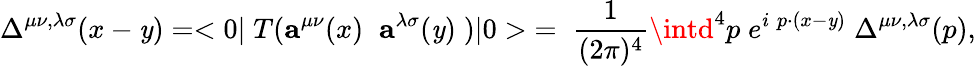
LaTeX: \Delta^{\mu\nu,\lambda\sigma}(x-\mathit{y})=<0|\; T({\mathbf{a}}^{\mu\nu}(x)\; \; {\mathbf{a}}^{\lambda\sigma}(\mathit{y})\; )|0>\; =\; \frac{{1}}{{(2\pi)^{4}}}\intd^{4}p\; e^{i\; p\cdot(x-\mathit{y})}\; \Delta^{\mu\nu,\lambda\sigma}(p),